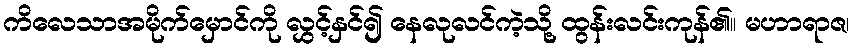
ကိလေသာအမိုက်မှောင်ကို လွှင့်နှင်၍ နေလုလင်ကဲ့သို့ ထွန်းလင်းကုန်၏။ မဟာရာဇ၊